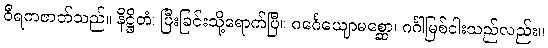
ဝီရကဇာတ်သည်။ နိဋ္ဌိတံ၊ ပြီးခြင်းသို့ရောက်ပြီ။ ဂင်္ဂေယျောမစ္ဆော၊ ဂင်္ဂါမြစ်ငါးသည်လည်း။